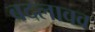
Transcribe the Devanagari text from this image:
बदलावव